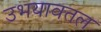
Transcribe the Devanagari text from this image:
उभयावतल